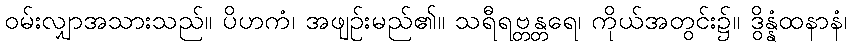
ဝမ်းလျှာအသားသည်။ ပိဟကံ၊ အဖျဉ်းမည်၏။ သရီရဗ္တန္တရေ၊ ကိုယ်အတွင်း၌။ ဒွိန္နံထနာနံ၊